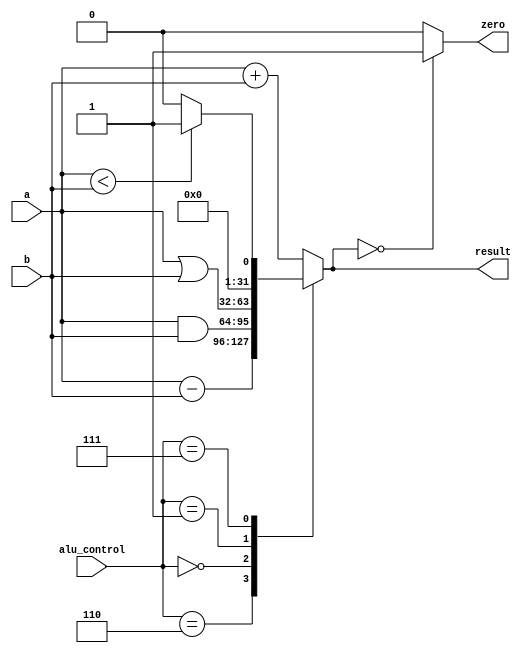
module alu
(
    input [31:0] a,
    input [31:0] b,
    input [3:0] alu_control,
    output reg[31:0] result,
    output zero
);

always@(*)
begin
    case(alu_control)
    4'b0010: result = a+b;
    4'b0110: result = a-b;
    4'b0000: result = a&b;
    4'b0001: result = a|b;
    4'b0111: begin
                 if (a<b) result = 16'd1;
                 else
                    result = 16'd0;
            end
    default: result = a+b;
    endcase
end

assign zero=(result==16'd0)? 1'b1: 1'b0;
endmodule